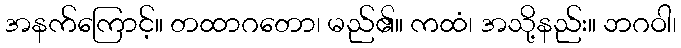
အနက်ကြောင့်။ တထာဂတော၊ မည်၏။ ကထံ၊ အသို့နည်း။ ဘဂဝါ၊